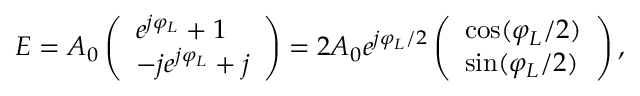
E = A _ { 0 } \left( \begin{array} { l } { e ^ { j \varphi _ { L } } + 1 } \\ { - j e ^ { j \varphi _ { L } } + j } \end{array} \right) = 2 A _ { 0 } e ^ { j \varphi _ { L } / 2 } \left( \begin{array} { l } { \cos ( \varphi _ { L } / 2 ) } \\ { \sin ( \varphi _ { L } / 2 ) } \end{array} \right) ,